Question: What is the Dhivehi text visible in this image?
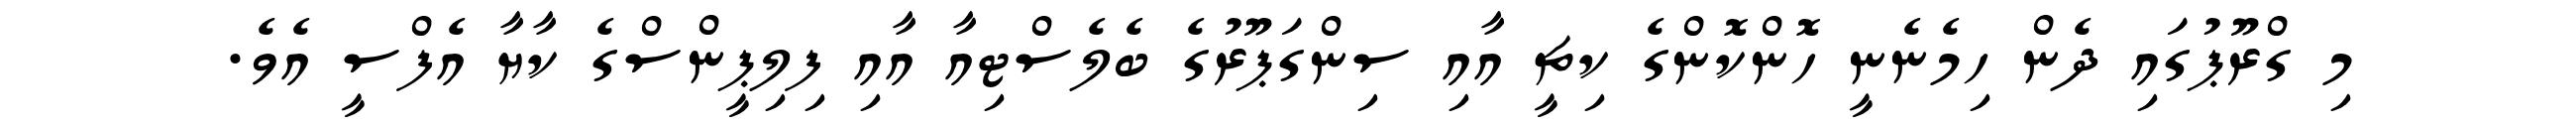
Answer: މި ގްރޫޕުގައި ދެން ހިމެނެނީ ހޮންކޮންގެ ކިޗީ އާއި ސިންގަޕޫރުގެ ބެލެސްޓިއާ އާއި ފިލިޕީންސްގެ ކާޔާ އެފްސީ އެވެ.